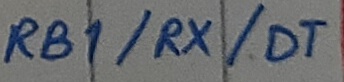
Text: RB1/RX/DT